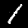
Label: 1